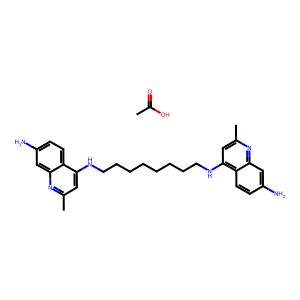
SMILES: CC(=O)O.Cc1cc(NCCCCCCCCNc2cc(C)nc3cc(N)ccc23)c2ccc(N)cc2n1
Inhibits HIV replication: No